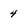
Character: 4